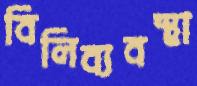
বিলিব্যবস্থা